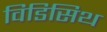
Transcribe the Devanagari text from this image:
विडिसिथ